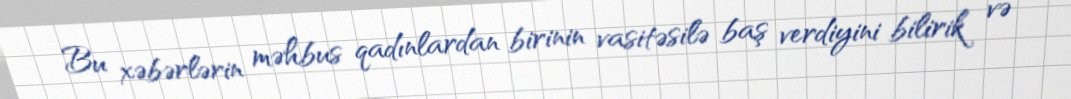
Bu xəbərlərin məhbus qadınlardan birinin vasitəsilə baş verdiyini bilirik və